Lunatic asylums in Bengal annual reports 1888-1898 - 1888-1898
Year: 1888
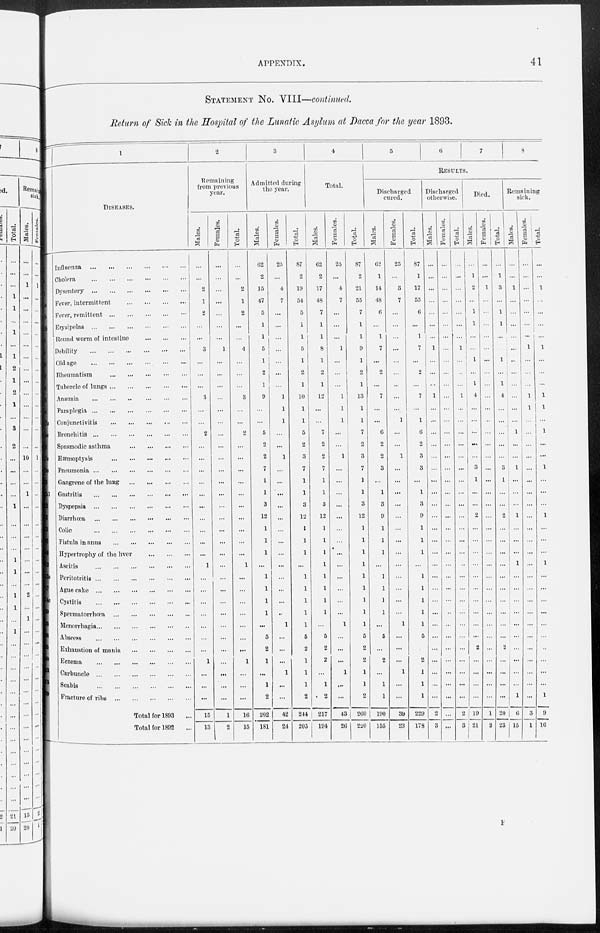
APPENDIX.
41
STATEMENT No. VIII—continued.
Return of Sick in the Hospital of the Lunatic Asylum at Dacca for the year 1893.
1
1
5
6
8
1
6
1
7a
a
2
12. 1
2
3
5
3
8
12
13a
17
4a
0
3
6
5
0
3
3
9
1
DISEASES.
Influenza
...
...
...
...
...
...
Cholera
...
...
...
...
...
...
Dysentery
...
...
...
...
...
...
Fever, intermittent ... ... ... ... ... ...
Fever, remittent ... ... ... ... ...
Erysipelas
...
...
...
...
...
...
Round worm of intestine
...
...
...
Debility
...
...
...
...
...
...
Old age
...
...
...
...
...
...
Rheumatism
...
...
...
...
...
Tubercle of lungs
...
...
...
...
...
Anæmia
...
...
...
...
...
...
Paraplegia
...
...
...
...
...
...
Conjunctivitis
...
...
...
...
...
Bronchitis
...
...
...
...
...
...
Spasmodic asthma
...
...
...
...
Hæmoptysis
...
...
...
...
...
Pneumonia
...
...
...
...
...
...
Gangrene of the lung
...
...
...
...
Gastritis
...
...
...
...
...
...
Dyspepsia
...
...
...
...
...
...
Diarrhœa
...
...
...
...
...
...
Colic
...
...
...
...
...
...
Fistula in anus
...
...
...
...
...
Hypertrophy of the liver
...
...
...
Ascitis ... ... ... ... ... ...
Peritotritis
...
...
...
...
...
Ague cake
...
...
...
...
...
...
Cystitis
...
...
...
...
...
...
Spermatorrhœa
...
...
...
...
...
Menorrhagia ... ... ... ... ... ...
Abscess
...
...
...
...
...
...
Exhaustion of mania
...
...
...
...
Eczema
...
...
...
...
...
...
Carbuncle
...
...
...
...
...
...
Scabis
...
...
...
...
...
...
Fracture of ribs
...
...
...
...
...
Total for 1893 ...
Total for 1892 ...
2
Remaining
from previous
year.
Males.
...
...
2
1
2
...
...
3
...
...
...
3
...
...
2
...
...
...
...
...
...
...
...
...
...
1
...
...
...
...
...
...
...
1
...
...
...
15
13
Females.
...
...
...
...
...
...
...
1
...
...
...
...
...
...
...
...
...
...
...
...
...
...
...
...
...
...
...
...
...
...
...
...
...
...
...
...
...
1
2
Total.
...
...
2
1
2
...
...
4
...
...
...
3
...
...
2
...
...
...
...
...
...
...
...
...
...
1
...
...
...
...
...
...
...
1
...
...
...
16
15
3
Admitted during
the year.
Males.
62
2
15
47
5
1
1
5
1
2
1
9
...
...
5
2
2
7
1
1
3
12
1
1
1
...
1
1
1
1
...
5
2
1
...
1
2
202
181
Females.
25
...
4
7
...
...
...
...
...
...
...
1
1
1
...
...
1
...
...
...
...
...
...
...
...
...
...
...
...
..
1
...
...
...
1
...
...
42
24
Total.
87
2
19
54
5
1
1
5
1
2
1
10
1
1
5
2
3
7
1
1
3
12
1
1
1
...
1
1
1
1
1
5
2
1
1
1
2
244
205
4
Total.
Males.
62
2
17
48
7
1
1
8
1
2
1
12
...
...
7
2
2
7
1
1
3
12
1
1
1
1
1
1
1
1
...
5
2
2
...
1
2
217
194
Females.
25
...
4
7
...
...
...
1
...
...
...
1
1
1
...
...
1
...
...
...
...
...
...
...
...
...
...
...
...
...
1
...
...
...
1
...
...
43
26
Total.
87
2
21
55
7
1
1
9
1
2
1
13
1
1
7
2
3
7
3
1
3
12
1
1
1
1
1
1
1
1
1
5
2
2
1
1
2
260
220
5
Discharged
cured.
Males.
62
1
14
48
6
...
1
7
...
2
...
7
...
...
6
2
2
3
...
1
3
9
1
1
1
...
1
1
1
1
...
5
...
2
...
1
1
190
155
Females.
25
...
3
7
...
...
...
...
...
...
...
...
...
1
...
...
1
...
...
...
...
...
...
...
...
...
...
...
...
...
1
...
...
...
1
...
...
39
23
Total.
87
1
17
55
6
...
1
7
...
2
...
7
...
1
6
2
3
3
...
1
3
9
1
1
1
...
1
1
1
1
1
5
...
2
1
1
1
229
178
6
7
8
RESULTS.
Discharged
otherwise.
Males.
...
...
...
...
...
...
...
1
...
...
...
1
...
...
...
...
...
...
...
...
...
...
...
...
...
...
...
...
...
...
...
...
...
...
...
...
...
2
3
Females.
...
...
...
...
...
...
...
...
...
...
...
...
...
...
...
...
...
...
...
...
...
...
...
...
...
...
...
...
...
..
...
...
...
...
...
...
...
...
...
Total.
...
...
...
...
...
...
...
1
...
...
...
1
...
...
...
...
...
...
...
...
...
...
...
...
...
..
...
...
...
...
...
...
...
...
...
...
...
2
3
Died.
Males.
...
1
2
...
1
1
...
...
1
...
1
4
...
...
...
...
...
3
1
...
...
2
...
...
...
...
...
...
...
...
...
...
2
...
...
...
...
19
21
Females.
...
...
1
...
...
...
...
...
...
...
...
...
...
...
...
...
...
...
...
...
...
...
...
...
...
...
...
...
...
...
...
...
...
...
...
...
...
1
2
Total.
1
3
...
1
1
...
...
1
...
1
4
...
...
...
...
...
3
1
...
...
2
...
...
...
...
...
...
...
...
...
...
2
...
...
...
...
20
23
Remaining
sick.
Males.
...
...
1
...
...
...
...
...
...
...
...
...
...
...
1
...
...
1
...
...
...
1
...
...
...
1
...
...
...
...
...
...
...
...
...
...
1
6
15
Females.
...
...
...
...
...
...
...
1
...
...
...
1
1
...
...
...
...
...
...
...
...
...
...
...
...
...
...
...
...
...
...
...
...
...
...
...
...
3
1
Total.
...
...
1
...
...
...
...
1
...
...
...
1
1
...
1
...
...
1
...
...
...
1
...
...
...
1
...
...
...
...
...
...
..
...
...
...
1
9
16
F